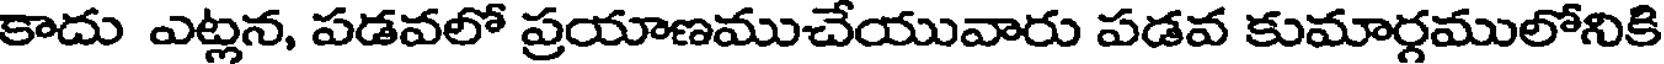
కాదు ఎట్లన, పడవలో ప్రయాణముచేయువారు పడవ కుమార్గములోనికి